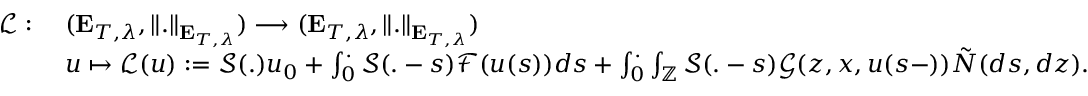
\begin{array} { r l } { \mathcal { L } : \; } & { ( \mathbf { E } _ { T , \lambda } , \Vert . \Vert _ { \mathbf { E } _ { T , \lambda } } ) \longrightarrow ( \mathbf { E } _ { T , \lambda } , \Vert . \Vert _ { \mathbf { E } _ { T , \lambda } } ) } \\ & { u \mapsto \mathcal { L } ( u ) : = \mathcal { S } ( . ) u _ { 0 } + \int _ { 0 } ^ { . } \mathcal { S } ( . - s ) \mathcal { F } ( u ( s ) ) d s + \int _ { 0 } ^ { . } \int _ { \mathbb { Z } } \mathcal { S } ( . - s ) \mathcal { G } ( z , x , u ( s - ) ) \tilde { N } ( d s , d z ) . } \end{array}